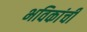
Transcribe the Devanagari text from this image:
भविकांची